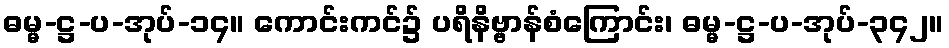
ဓမ္မ-ဋ္ဌ-ပ-အုပ်-၁၄။ ကောင်းကင်၌ ပရိနိဗ္ဗာန်စံကြောင်း၊ ဓမ္မ-ဋ္ဌ-ပ-အုပ်-၃၄၂။